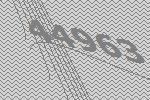
44963